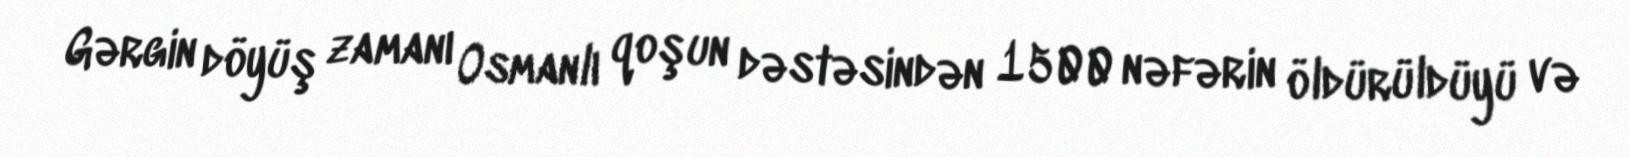
Gərgin döyüş zamanı Osmanlı qoşun dəstəsindən 1500 nəfərin öldürüldüyü və